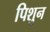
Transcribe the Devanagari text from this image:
पिशुन